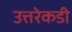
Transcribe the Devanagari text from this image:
उत्तरेकडी